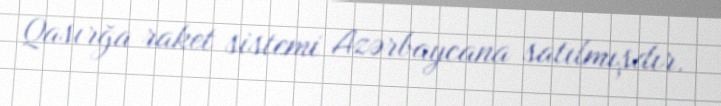
Qasırğa raket sistemi Azərbaycana satılmışdır.